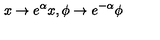
x \rightarrow e ^ { \alpha } x , \phi \rightarrow e ^ { - \alpha } \phi